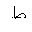
Letter: _da